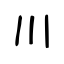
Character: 川